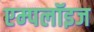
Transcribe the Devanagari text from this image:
एम्‍पलॉइज